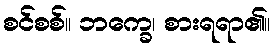
စင်စစ်။ ဘက္ခေ၊ စားရရာ၏။